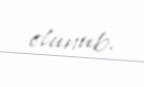
olunub.